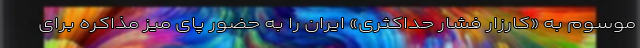
موسوم به «کارزار فشار حداکثری» ایران را به حضور پای میز مذاکره برای